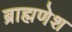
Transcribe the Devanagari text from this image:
ब्राह्मणेश